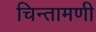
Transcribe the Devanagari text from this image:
चिन्तामणी